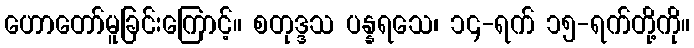
ဟောတော်မူခြင်းကြောင့်။ စတုဒ္ဒသ ပန္နရသေ၊ ၁၄-ရက် ၁၅-ရက်တို့ကို။